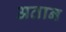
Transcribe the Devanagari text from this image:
अतान